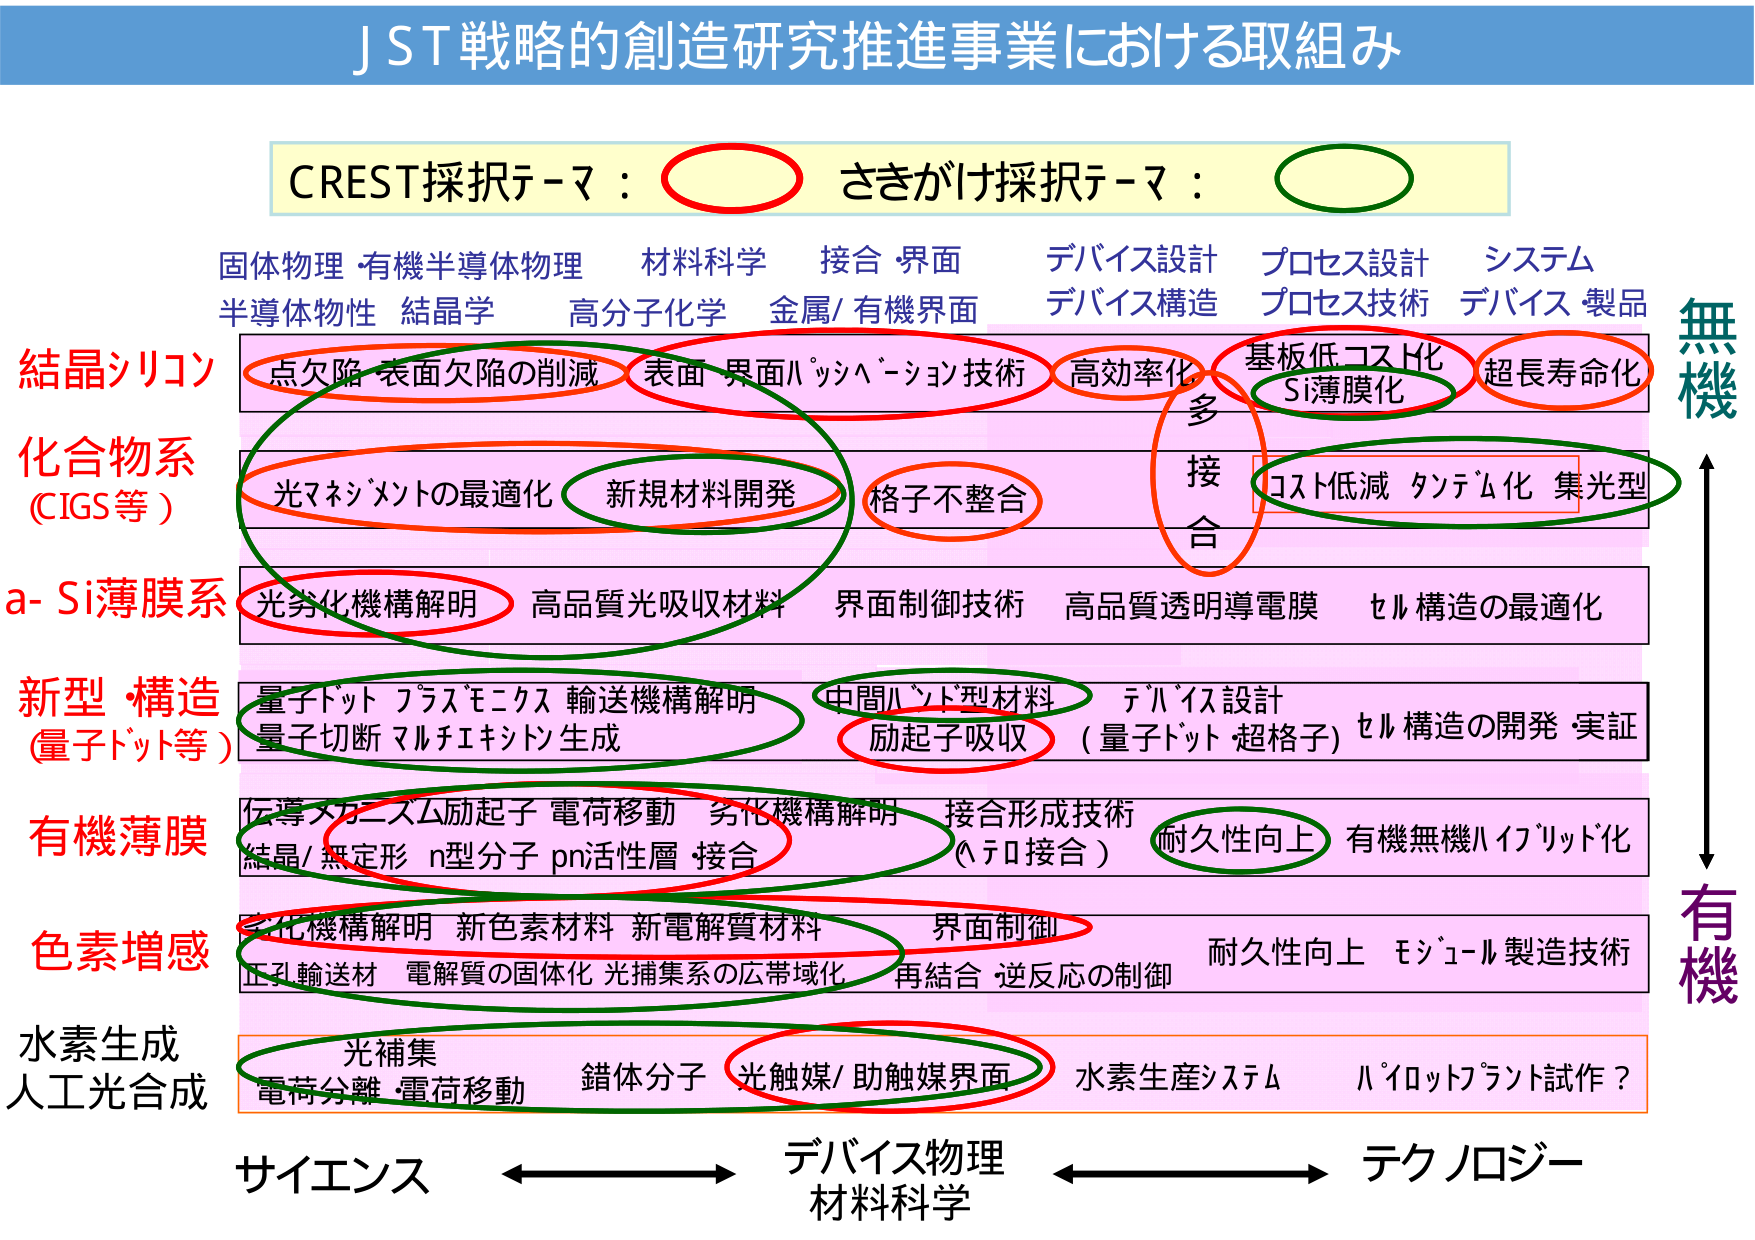
JST戦略的創造研究推進事業における取組み

CREST採択テーマ：○ さきがけ採択テーマ：○

固体物理 有機半導体物理 材料科学 接合・界面 デバイス設計 プロセス設計 システム
半導体物性 結晶学 高分子化学 金属/有機界面 デバイス構造 プロセス技術 デバイス 製品

結晶シリコン
点欠陥・表面欠陥の削減 表面・界面パッシャーション技術 高効率化 基板低コスト化 S薄膜化 超長寿命化

化合物系
(CIGS等)
光マネジメントの最適化 新規材料開発 格子不整合 コスト低減 タンデム化 集光型

a-Si薄膜系
光劣化機構解明 高品質光吸収材料 界面制御技術 高品質透明導電膜 セル構造の最適化

新型・構造
(量子ドット等)
量子ドット フラスモニクス 輸送機構解明 中間バンド型材料 デバイス設計
量子切断 マルチエキシトン生成 励起子吸収 (量子ドット 超格子) セル構造の開発・実証

有機薄膜
伝導メカニズム励起子 電荷移動 劣化機構解明 接合形成技術
結晶/無定形 n型分子 pn活性層 接合 (ヘテロ接合) 耐久性向上 有機無機ハイブリッド化

色素増感
劣化機構解明 新色素材料 新電解質材料 界面制御
正孔輸送材 電解質の固体化 光捕集系の広帯域化 再結合 逆反応の制御 耐久性向上 モジュール製造技術

水素生成
人工光合成
光補集 錯体分子 光触媒/助触媒界面 水素生産システム ハイロットプラント試作？

サイエンス ←→ デバイス物理 ←→ テクノロジー
材料科学

無機
有機